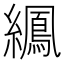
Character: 𫄍